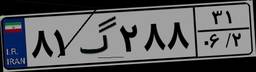
۸۱گ۲۸۸۳۱